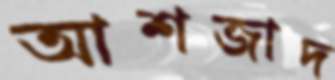
আশজাদ